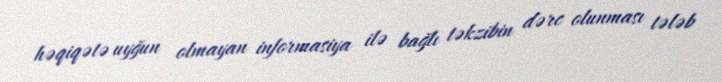
həqiqətə uyğun olmayan informasiya ilə bağlı təkzibin dərc olunması tələb